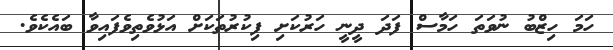
ހަމަ ހިޒްބު ނުވަތަ ހަމާސް ފަދަ ދީނީ ހަރުކަށި ފިކުރުތަކަށް އަޅުވެތިވެފައިވާ ބައެކެވެ.